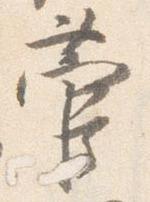
菅